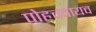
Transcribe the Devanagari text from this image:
पोहचवायच